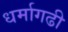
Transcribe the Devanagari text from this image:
धर्मागढी